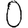
Digit: 0